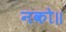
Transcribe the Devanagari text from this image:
नको॥